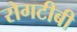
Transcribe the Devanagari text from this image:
रोगटीबी